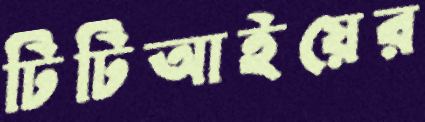
টিটিআইয়ের